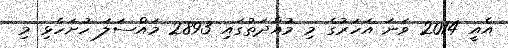
އެއީ 2014 ވަނަ އަހަރުގެ މި މުއްދަތުގައި 2893 މައްސަލަ ހުށަހެޅި މި